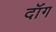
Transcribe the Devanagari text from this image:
दॉंग